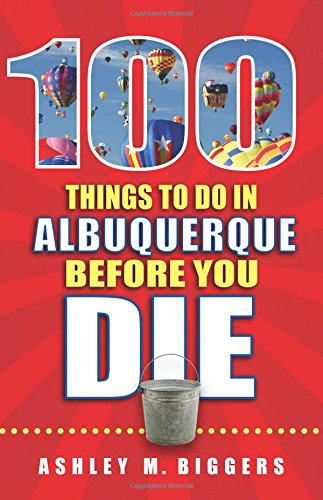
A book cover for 100 Things to Do in Albuquerque Before You Die; Ashley M. Biggers; Travel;